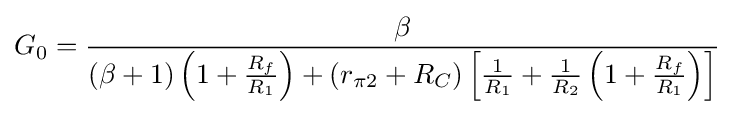
G_{0}={\frac {\beta }{(\beta +1)\left(1+{\frac {R_{f}}{R_{1}}}\right)+(r_{\pi 2}+R_{C})\left[{\frac {1}{R_{1}}}+{\frac {1}{R_{2}}}\left(1+{\frac {R_{f}}{R_{1}}}\right)\right]}}